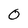
Character: 0